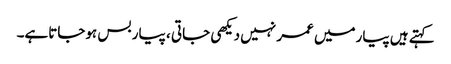
کہتے ہیں پیارمیں عمر نہیں دیکھی جاتی ، پیار بس ہوجاتاہے۔